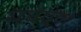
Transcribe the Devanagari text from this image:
राघवेण